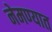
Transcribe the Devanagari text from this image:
नेमण्‍यात